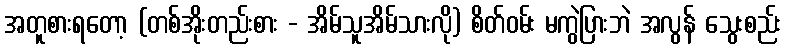
အတူစားရတော့ (တစ်အိုးတည်းစား - အိမ်သူအိမ်သားလို) စိတ်ဝမ်း မကွဲပြားဘဲ အလွန် သွေးစည်း